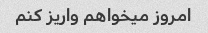
امروز میخواهم واریز کنم